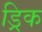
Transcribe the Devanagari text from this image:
ड्रिक